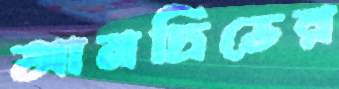
আনদ্রিভের